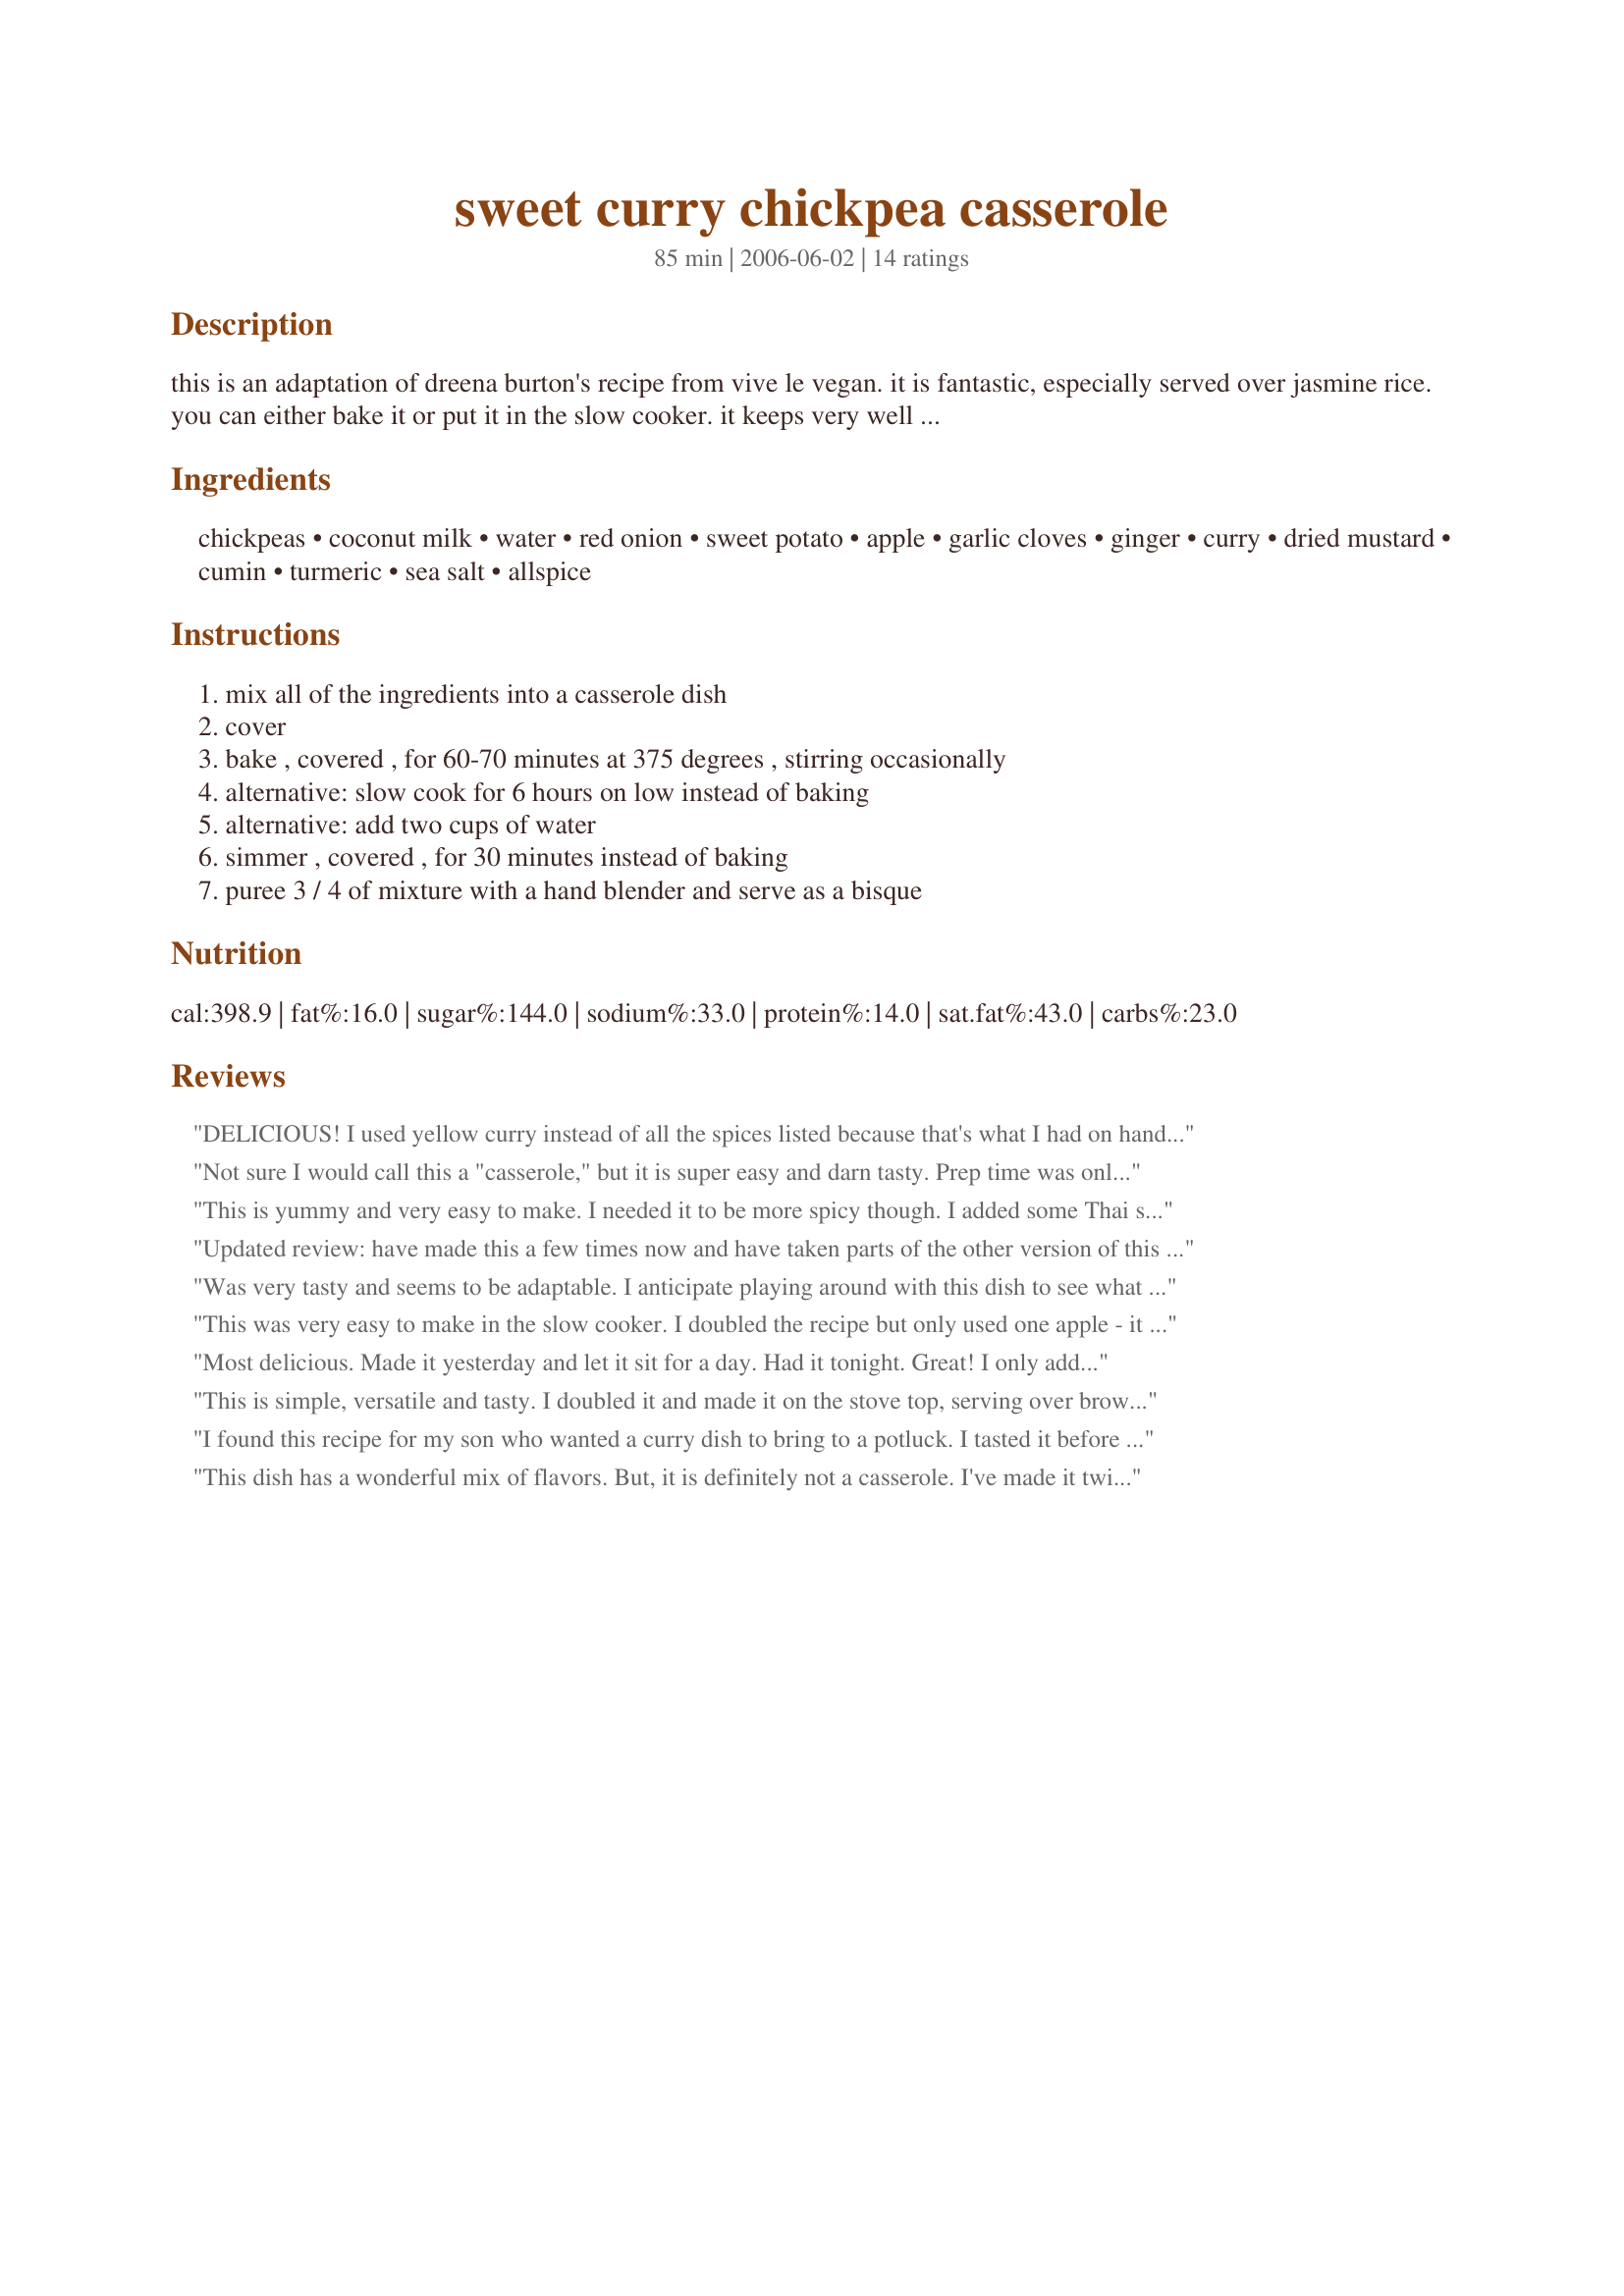
sweet curry chickpea casserole
Preparation time: 85 minutes

this is an adaptation of dreena burton's recipe from vive le vegan. it is fantastic, especially served over jasmine rice. you can either bake it or put it in the slow cooker. it keeps very well in the refrigerator--i think it tastes best a day or two after it is cooked. alternatively, you can make sweet curry chickpea bisque by adding two cups of water and pureeing most of the mixture with a hand blender after cooking (adjust salt and spices to taste).

Ingredients:
chickpeas, coconut milk, water, red onion, sweet potato, apple, garlic cloves, ginger, curry, dried mustard, cumin, turmeric, sea salt, allspice

Steps:
mix all of the ingredients into a casserole dish, cover, bake , covered , for 60-70 minutes at 375 degrees , stirring occasionally, alternative: slow cook for 6 hours on low instead of baking, alternative: add two cups of water, simmer , covered , for 30 minutes instead of baking, puree 3 / 4 of mixture with a hand blender and serve as a bisque

Reviews:
DELICIOUS! I used yellow curry instead of all the spices listed because that's what I had on hand and it turned out great. I doubled the recipe and used about 4 tablespoons curry. YUM! It tasted wonderful and we all felt so healthy eating it. Thanks, death by parsnip!
Not sure I would call this a "casserole," but it is super easy and darn tasty. Prep time was only 10 minutes for me (I'm not a chopping perfectionist). I used fresh ginger and next time I will increase the spices and add some hot pepper. This is a keeper!
This is yummy and very easy to make. I needed it to be more spicy though. I added some Thai sweet chili sauce and that made it perfect.
Updated review: have made this a few times now and have taken parts of the other version of this (#218447) and made it a little healthier. Hubby's on a low-carb diet so I omitted the sweet potato (tho it's great w/it) and used broccoli and carrots in place. I used 7oz reduced fat cocount milk + about 4oz of water and that made a good sauce for me. Also used 1.5 TB Patak's mild curry paste, granny smith apple, low-sodium chickpeas and minced jarred ginger instead of powder. I think it's close to perfect now :). The curry flavor definitely improves the next day so i recommend making it a day in advance.
Was very tasty and seems to be adaptable. I anticipate playing around with this dish to see what it can become.
This was very easy to make in the slow cooker. I doubled the recipe but only used one apple - it seemed to be sweet enough that way. I finished it off with the juice of half a lemon and some red pepper flakes - delicious over brown rice.
Most delicious. Made it yesterday and let it sit for a day. Had it tonight. Great! I only added one can 14oz can of coconut milk. I&#039;ll put a little chili powder in it next time. Also, a pinch more salt. Great dish!
This is simple, versatile and tasty. I doubled it and made it on the stove top, serving over brown rice. I also cut down the curry and upped the cumin so it wouldn't be too spicy for my kids. Thanks for posting! We'll continue to use this.
I found this recipe for my son who wanted a curry dish to bring to a potluck. I tasted it before he left and had to keep a big bowl for myself. I have made it several times and find that I like it best cooked in the slow cooker rather than in the stove - maybe the flavours meld better. Either way it is easy and so delicious, even more so after a couple of days in the fridge. Thank you for a recipe that has become a keeper for us.
This dish has a wonderful mix of flavors. But, it is definitely not a casserole. I've made it twice. The first time, I added the full amount of water and it was way too watery. This time, I only added 1/3 c. of water and it still turned out more like a stew than a casserole. A very delicious stew though. I'll try it again with a lot less liquid. Thanks for sharing!
Great dish !
I don't give out many 5s, but I LOVED this! It had this mysterious tang to it that was just perfect. I am guessing because I used Granny Smith apples. I used more like 1 cup coconut milk and 3/4 cups water, because I love coconut milk! I also used more sweet potatoes. It was a 12 oz precut bag, so maybe more like 2.
I made this as the bisque and the prep took me about 35 minutes (I tend to be on the slow side). The only change I made was to fully pureed the soup instead of 3/4. We really liked this recipe, although I may add just a little less water next time.
Delicious recipe. Easy to make. Cooks quickly. Nice and healthy. I like a bit more spice, but it was loved by everyone who tried it!
